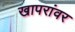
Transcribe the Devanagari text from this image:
खापरांवर